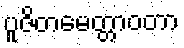
ပူဇိတမေတ္တာဝတာ